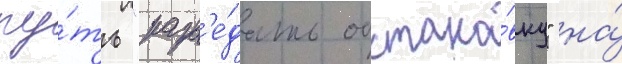
пу́ть "разв'е́дать обстано́вку" на́